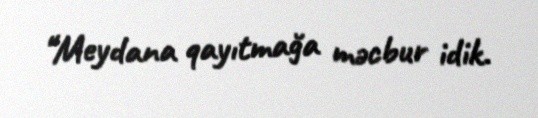
“Meydana qayıtmağa məcbur idik.